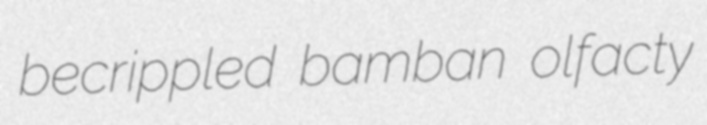
becrippled bamban olfacty